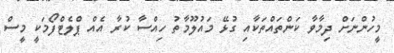
މީހުންނަށް ދިމާވާ ކަންތައްތަކާއި ގުޅޭ މައުލޫމާތު ހިއްސާ ކުރާ އެއް ޕްލެޓްފޯމަކީ މީސް